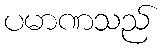
ပမာဏသည်